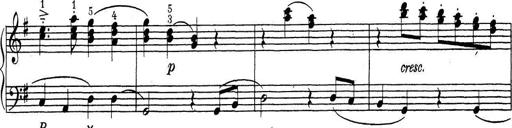
Title: ÄŒeskÃ© Sonatiny
Composer: Various